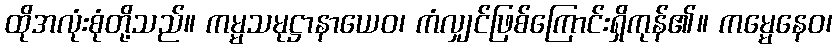
ထိုအလုံးစုံတို့သည်။ ကမ္မသမုဋ္ဌာနာယေဝ၊ ကံလျှင်ဖြစ်ကြောင်းရှိကုန်၏။ ကမ္မေနေဝ၊